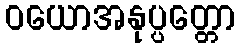
ဝယောအနုပ္ပတ္တော